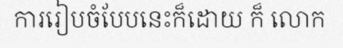
ការរៀបចំបែបនេះក៏ដោយ ក៏ លោក